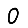
Digit: 0